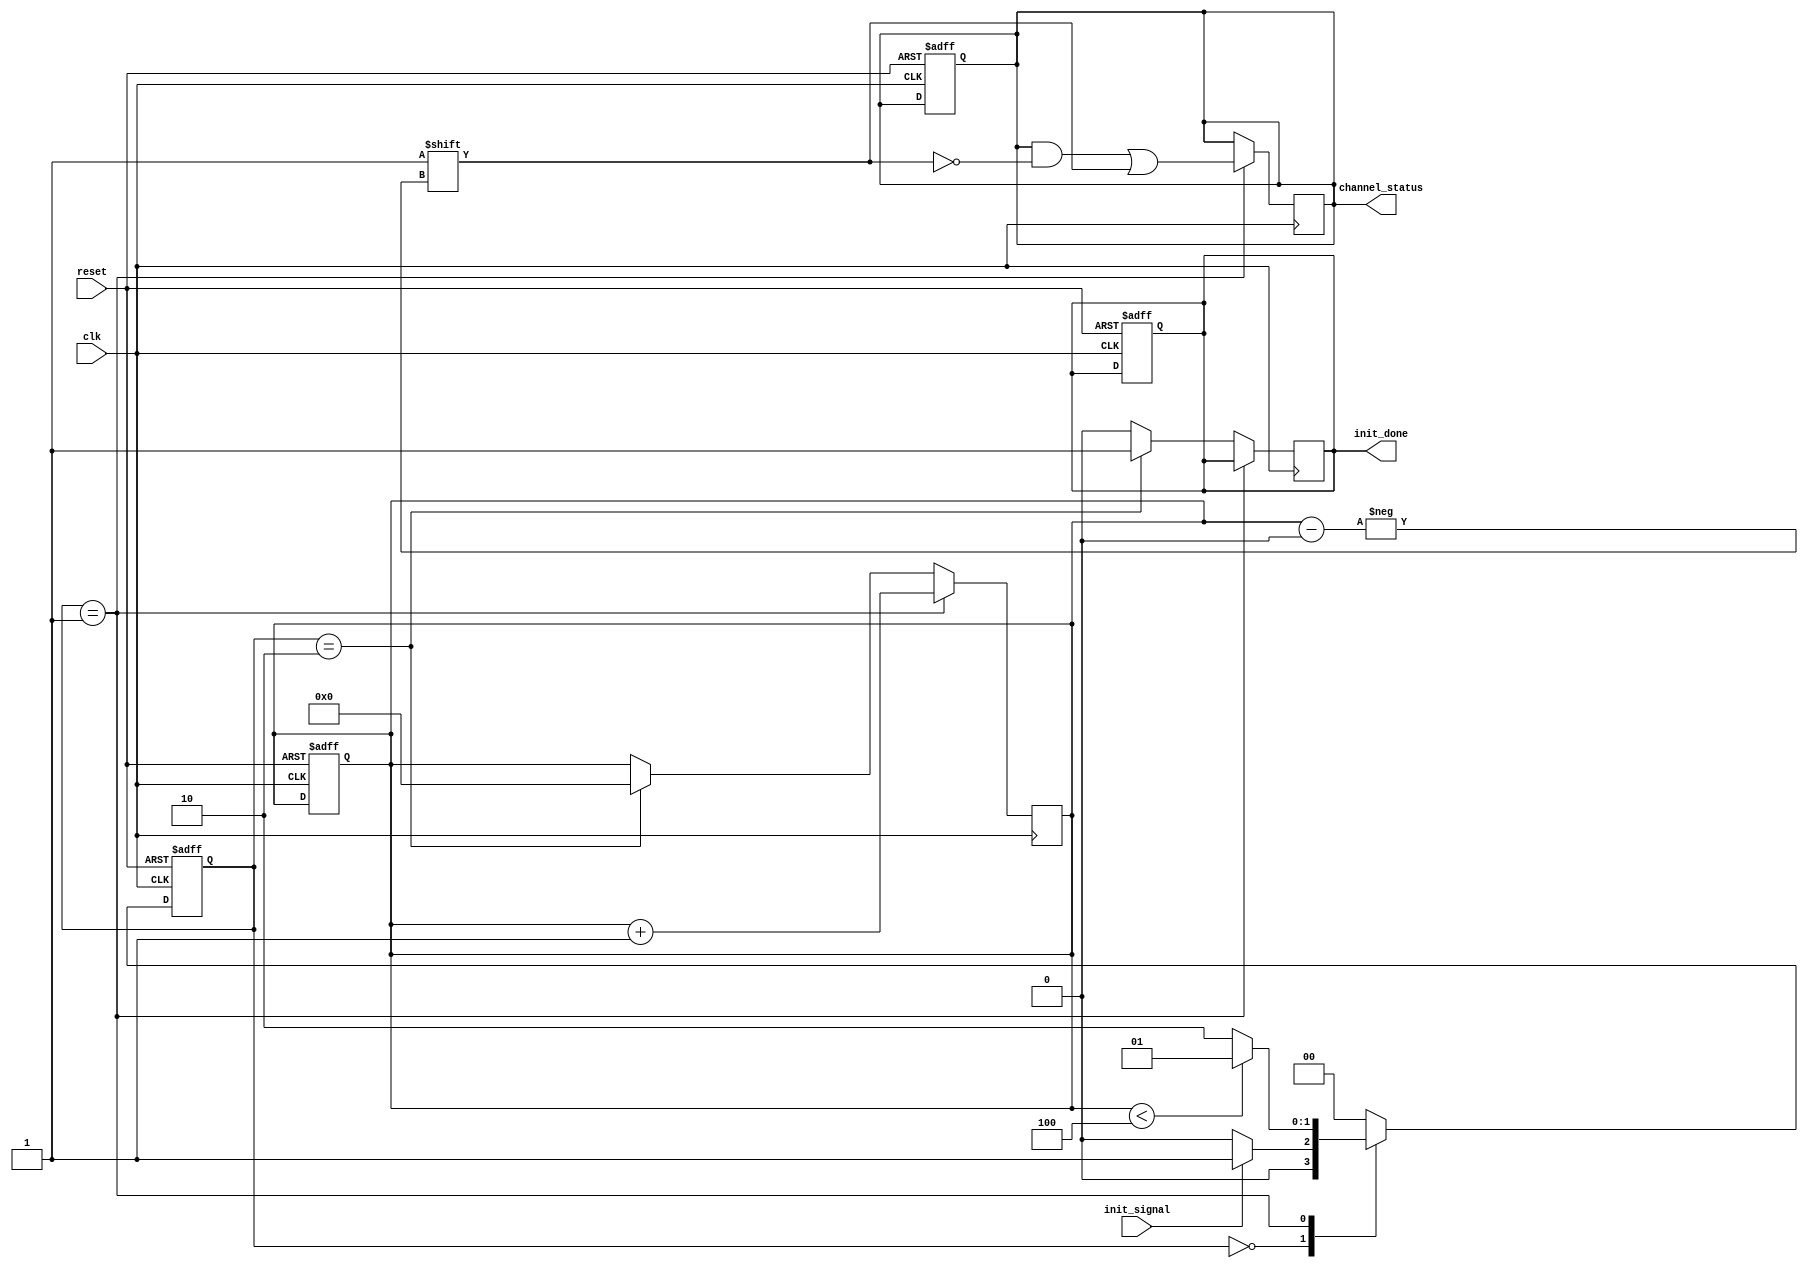
module MultiChannelInit #(
    parameter CHANNEL_COUNT = 4 // Parameter to define the number of channels
)(
    input wire clk,               // Clock signal
    input wire reset,             // Active-high reset signal
    input wire init_signal,       // Initialization trigger signal
    output reg [CHANNEL_COUNT-1:0] channel_status, // Status of each channel
    output reg init_done          // Initialization complete flag
);

    reg [3:0] current_channel;    // Current channel index
    reg init_in_progress;         // Flag to indicate if initialization is in progress

    // State encoding for FSM
    localparam IDLE         = 2'b00,
               INIT_CHANNEL = 2'b01,
               DONE        = 2'b10;

    reg [1:0] state, next_state; // FSM state variables

    // Sequential logic for state transitions
    always @(posedge clk or posedge reset) begin
        if (reset) begin
            state <= IDLE;
            channel_status <= {CHANNEL_COUNT{1'b0}}; // Reset all channels to not initialized
            init_done <= 1'b0;
            current_channel <= 4'b0; // Reset channel index
            init_in_progress <= 1'b0; // Reset initialization flag
        end else begin
            state <= next_state;
        end
    end

    // Combinational logic for next state and output logic
    always @(*) begin
        case (state)
            IDLE: begin
                if (init_signal) begin
                    next_state = INIT_CHANNEL;
                    init_in_progress = 1'b1; // Start initialization
                end else begin
                    next_state = IDLE;
                    init_in_progress = 1'b0; // Not initializing
                end
            end
            
            INIT_CHANNEL: begin
                if (current_channel < CHANNEL_COUNT) begin
                    next_state = INIT_CHANNEL; // Continue initializing
                end else begin
                    next_state = DONE; // All channels initialized
                end
            end
            
            DONE: begin
                next_state = IDLE; // Go back to idle after done
            end
            
            default: begin
                next_state = IDLE; // Default case
            end
        endcase
    end

    // Logic for channel initialization
    always @(posedge clk) begin
        if (state == INIT_CHANNEL) begin
            // Initialize the current channel
            channel_status[current_channel] <= 1'b1; // Mark channel as initialized
            current_channel <= current_channel + 1; // Move to the next channel
        end else if (state == DONE) begin
            init_done <= 1'b1; // Set the initialization done flag
            current_channel <= 4'b0; // Reset channel index for next time
        end else begin
            init_done <= 1'b0; // Clear done flag if not in DONE state
        end
    end

endmodule